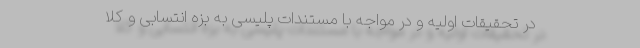
در تحقیقات اولیه و در مواجه با مستندات پلیسی به بزه انتسابی و کلا